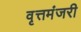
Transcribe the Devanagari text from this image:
वृत्तमंजरी